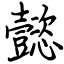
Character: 懿